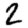
Digit: 2